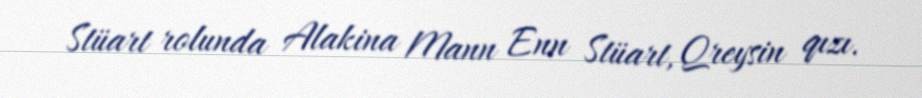
Stüart rolunda Alakina Mann Enn Stüart, Qreysin qızı.